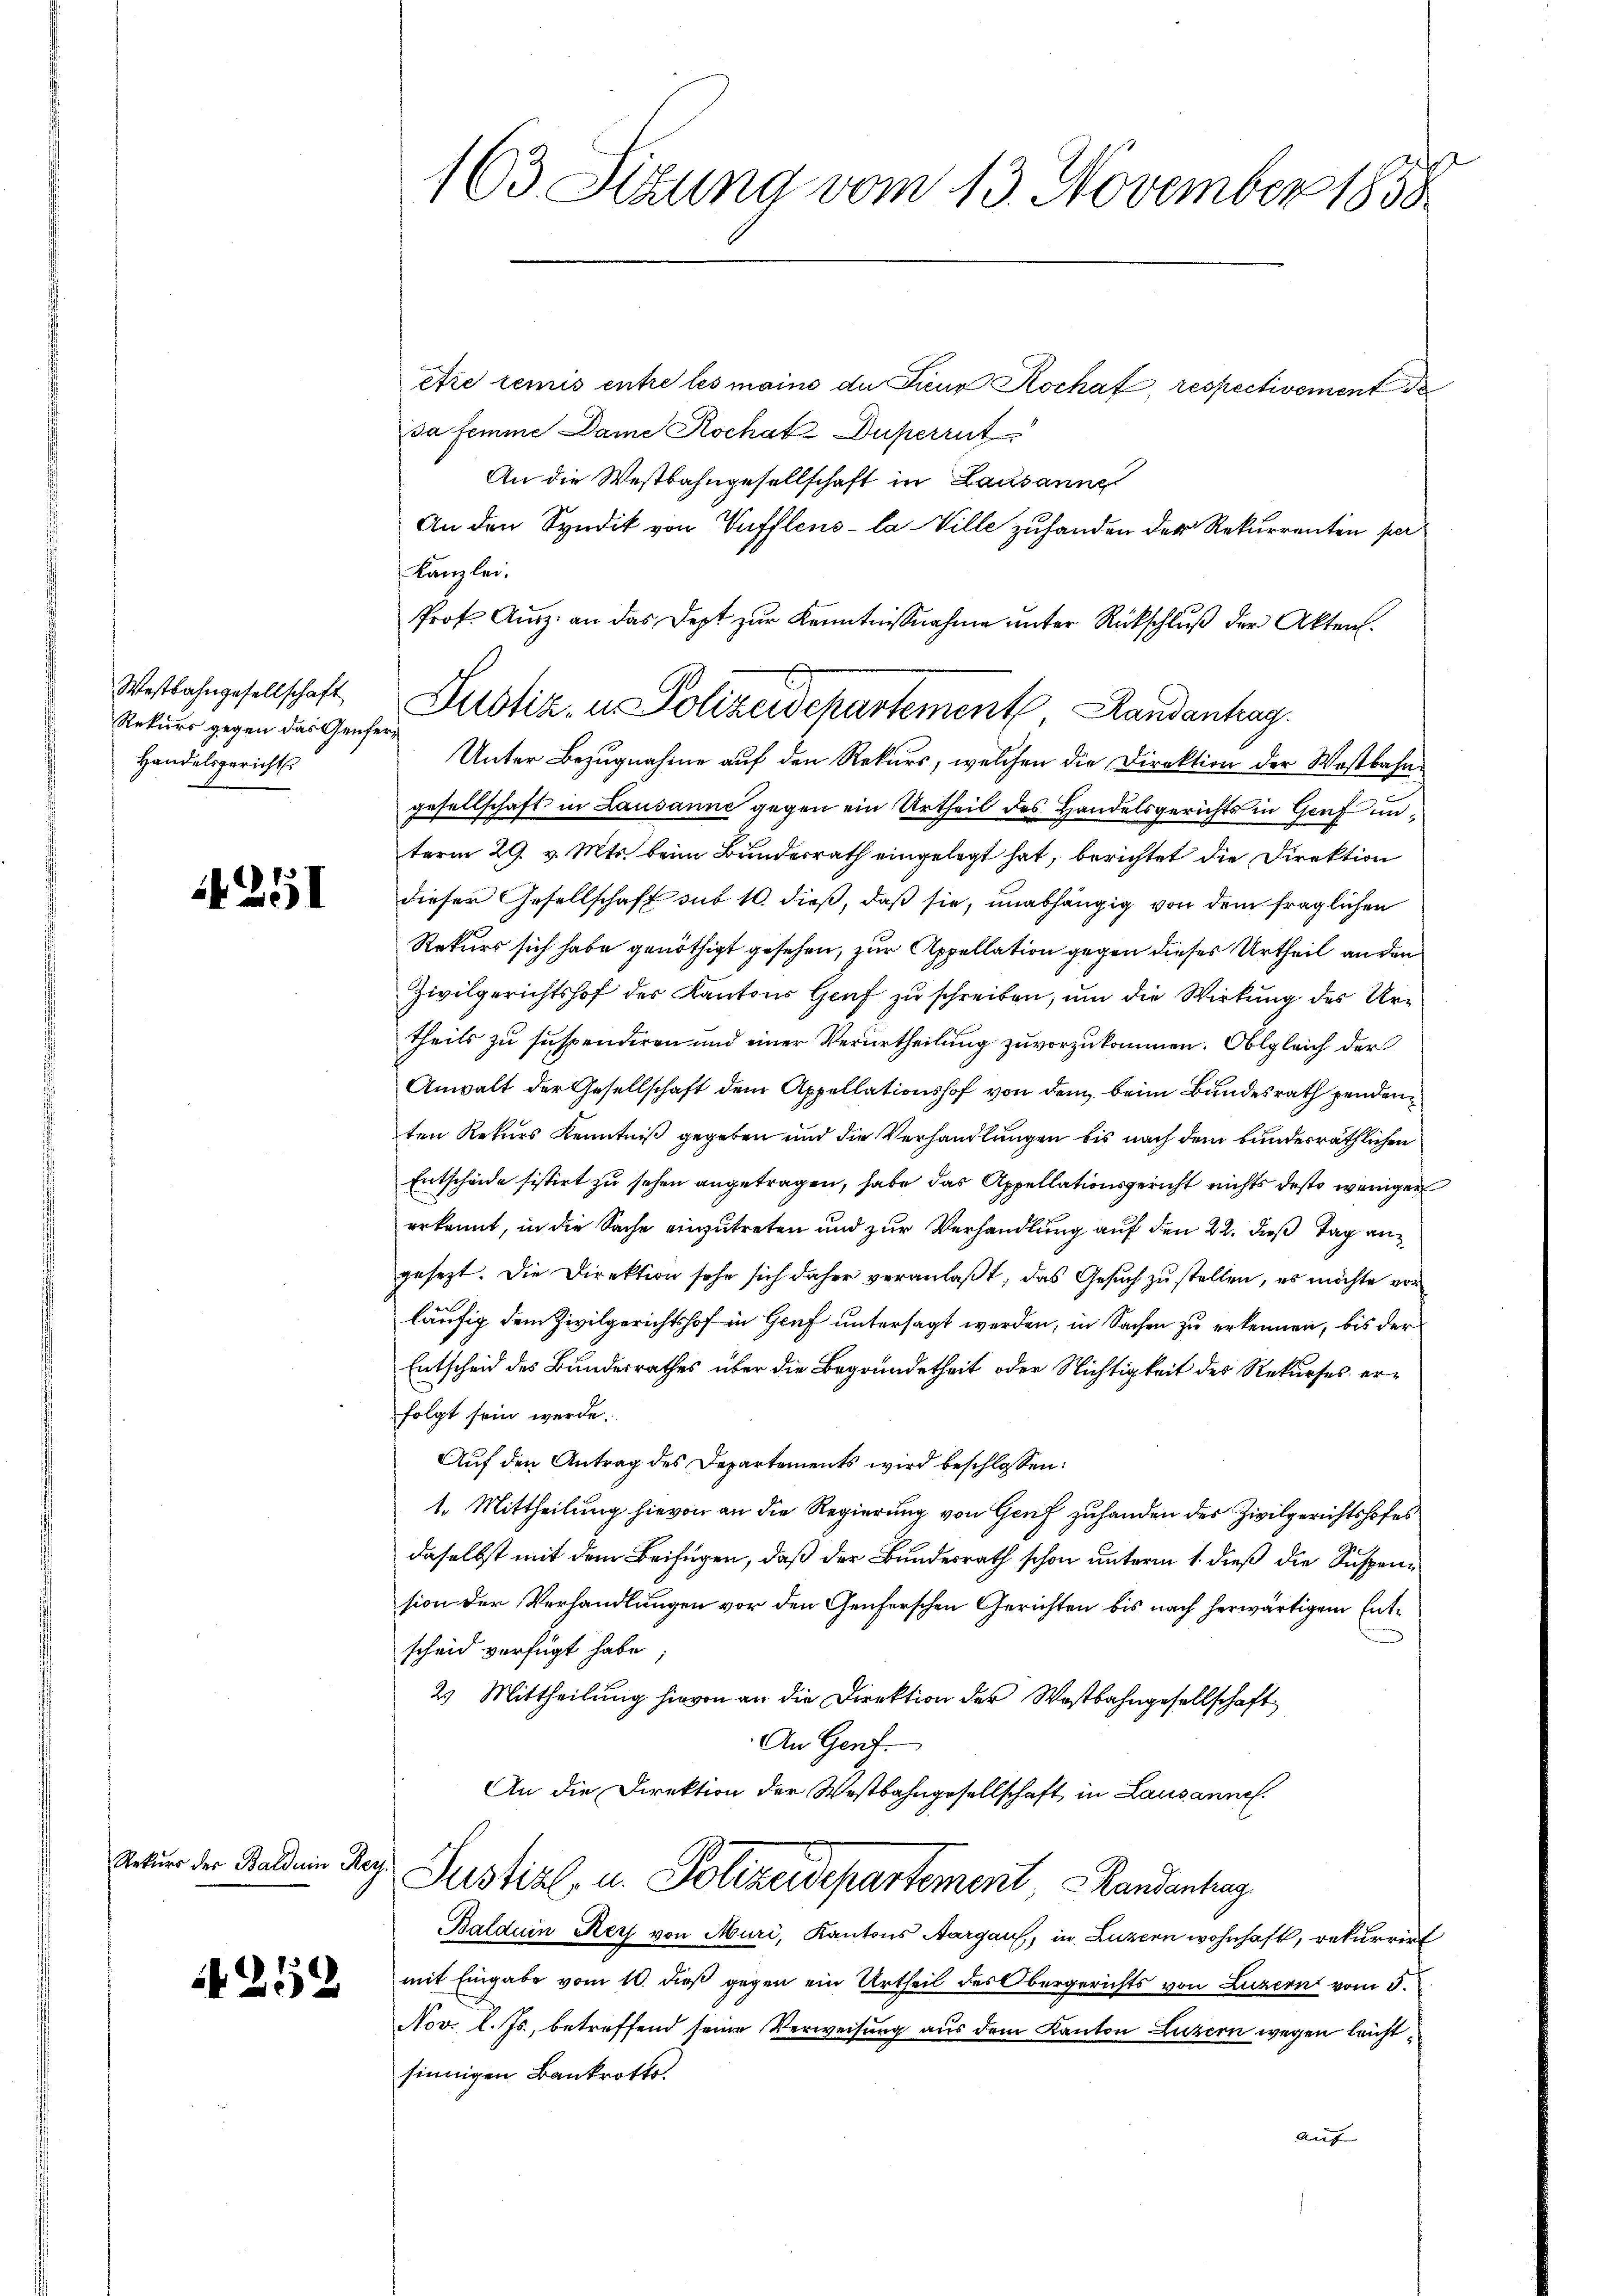
Westbahngesellschaft
Rekurs gegen das Genfer¬
Handelsgericht

1251

Rekurs der Baldein Reg.

252

Atie remis entre les maine du Lieur Kochaf, respectivement de
da femme Dame Kochatz Duperint
An die Westbahngesellschaft in Lausanne
An den Syndik von Vufflens- la Ville zuhanden der Rekurrenten per
Kanzlei.
Prof. Ausg. an das Dept zur Kenntnißnahme unter Rückschluß der Akten.
Unter Bezugnahme auf den Rekurs, welchen die Direktion der Westbahngesellschaft in Lausanne gegen ein Urtheil des Handelsgerichts in Genf unterm 29. v. Mts. beim Bundesrath eingelegt hat, berichtet die Direktion
dieser Gesellschaft sub 10. dieß, daß sie, unabhängig von dem fraglichen
Rekurs sich habe genöthigt gesehen, zur Appellation gegen dieses Urtheil an den
Zivilgerichtshof der Kantons Genf zu schreiben, um die Wirkung des Urtheils zu suspendiren und einer Verurtheilung zuvorzukommen. Obgleich der
Anwalt der Gesellschaft dem Appellationshof von dem beim Bundesrath penderten Rekurs Kenntniß gegeben und die Verhandlungen bis nach dem bundesräthlichen
Entscheide sistirt zu sehen angetragen, habe das Appellationsgericht nichts desto weniger
erkannt, in die Sache einzutreten und zur Verhandlung auf den 22. daß Tag an
gesezt. Die Direktion sehr sich daher veranlaßt, das Gesuch zu stellen, es möchte vor
läufig dem Zivilgerichtshof in Genf untersagt werden, in Sachen zu erkennen, bis der
Entscheid des Bundesrathes über die Begründetheit oder Nichtigkeit des Rekurses erfolgt sein werde.
Auf den Antrag des Departements wird beschlossen:
1. Mittheilung hievon an die Regierung von Genf zuhanden des Zivilgerichtshofes
daselbst mit dem Beifügen, daß der Bundesrath schon unterm 1. dieß die Suspension der Verhandlungen vor den Genferschen Gerichten bis nach herwärtigem Entscheid verfügt habe.
2) Mittheilung hievon an die Direktion der Wostbahngesellschaft
An Genf.
An die Direktion der Westbahngesellschaft in Lausannes.
Justizl, u. Polizeidepartement Mandantrag
Balduin Rey von Muri, Kantons Aargau, in Luzern wohnhaft, rekurrirt
mit Eingabe vom 10. dieß gegen ein Urtheil des Obergerichts von Luzern vom 5.
Nov. l. Js., betreffend seine Verweisung aus dem Kanton Luzern wegen leichtsinnigen Bankrotts.
auf |

2
163 Sizung vom 13. November 1858

Justiz, u. Polizeidepartement, Landantrag